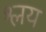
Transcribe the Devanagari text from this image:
श्लय